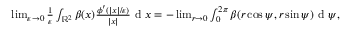
\begin{array} { r } { \operatorname* { l i m } _ { \varepsilon \to 0 } \frac { 1 } { \varepsilon } \int _ { \mathbb { R } ^ { 2 } } \beta ( x ) \frac { \phi ^ { \prime } ( | x | / \varepsilon ) } { | x | } \textrm { d } x = - \operatorname* { l i m } _ { r \to 0 } \int _ { 0 } ^ { 2 \pi } \beta ( r \cos \psi , r \sin \psi ) \textrm { d } \psi , } \end{array}